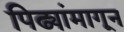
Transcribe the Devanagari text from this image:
पिढ्यांमागून